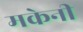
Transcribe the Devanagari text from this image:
मकेनी